Civil Veterinary Department. United Provinces 1923-31 - 1923-1931
Year: 1923
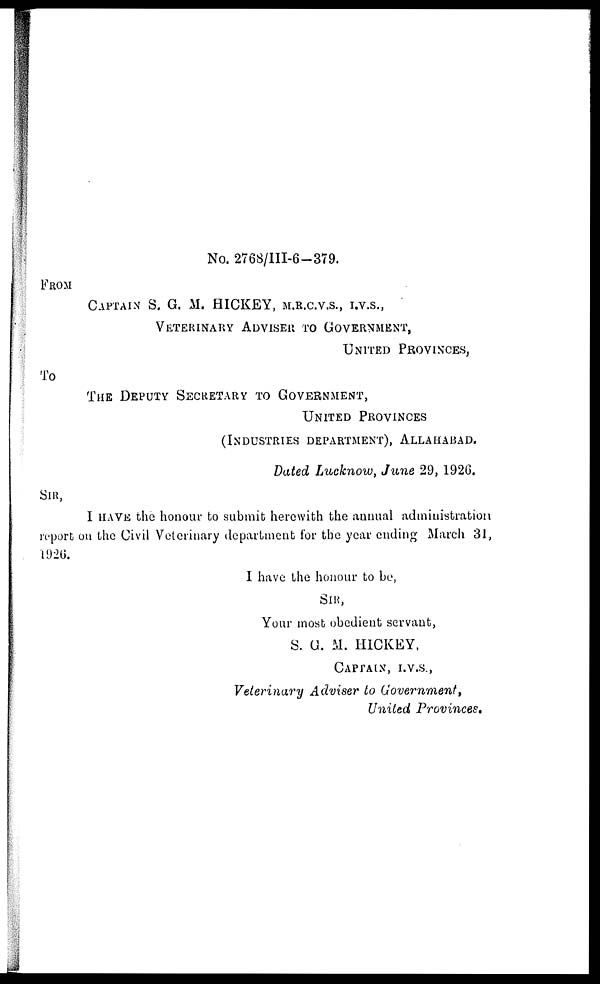
No. 2768/III-6 — 379.
FROM
CAPTAIN S. G. M. HICKEY, M.R.C.V.S., I.V.S.,
VETERINARY ADVISER TO GOVERNMENT,
UNITED PROVINCES,
To
THE DEPUTY SECRETARY TO GOVERNMENT,
UNITED PROVINCES
(INDUSTRIES DEPARTMENT), ALLAHABAD.
Dated Lucknow, June 29, 1926.
SIR,
I HAVE the honour to submit herewith the annual administration
report on the Civil Veterinary department for the year ending March 31,
1926.
I have the honour to be,
SIR,
Your most obedient servant,
S. G. M. HICKEY,
CAPTAIN, I.V.S.,
Veterinary Adviser to Government,
United Provinces.